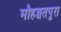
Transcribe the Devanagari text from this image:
मौहब्बतपुरा